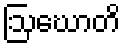
ဩဃောတိ